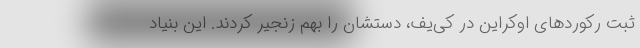
ثبت رکورد‌های اوکراین در کی‌یف، دستشان را بهم زنجیر کردند. این بنیاد